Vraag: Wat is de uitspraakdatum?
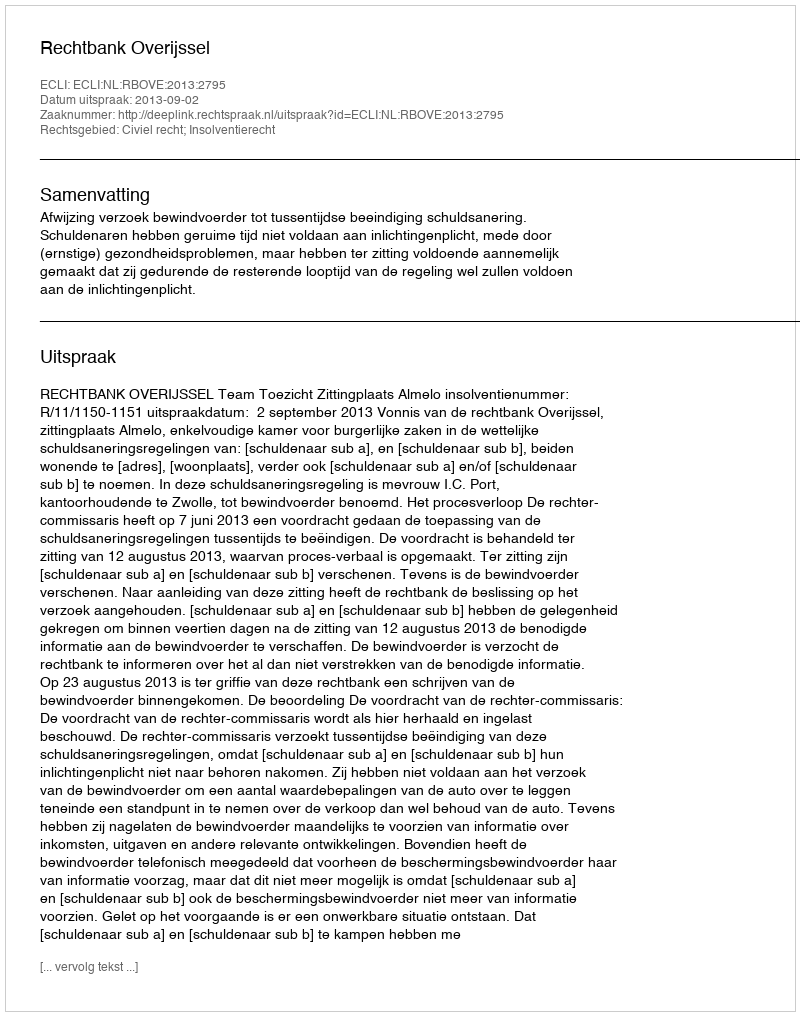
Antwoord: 2013-09-02